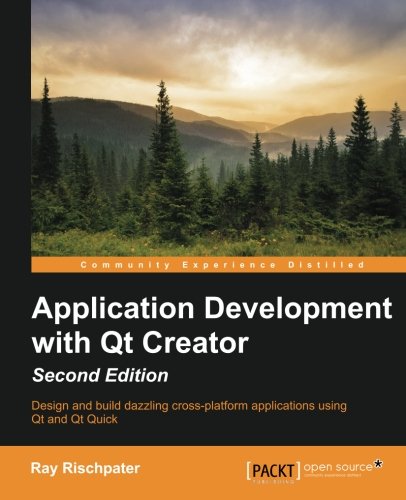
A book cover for Application Development with Qt Creator, 2nd Edition; Ray Rischpater; Computers & Technology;